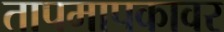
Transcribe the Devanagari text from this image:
तापमापकावर